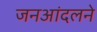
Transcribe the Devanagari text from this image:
जनआंदलने